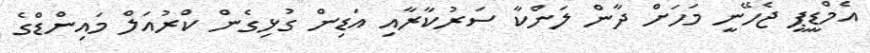
އެމްޑީޕީ ޖެހޭނީ މަހަށް ދާން ލަންކާ ސަރުކާރާއި އަޑިން ގުޅިގެން ކްރުއަލް މައިންޑްގެ